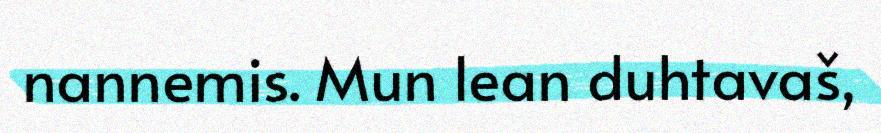
nannemis. Mun lean duhtavaš,